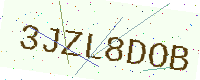
Text: 3JZL8DOB